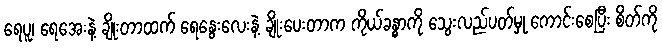
ရေပူ၊ ရေအေးနဲ့ ချိုးတာထက် ရေနွေးလေးနဲ့ ချိုးပေးတာက ကိုယ်ခန္ဓာကို သွေးလည်ပတ်မှု ကောင်းစေပြီး စိတ်ကို